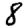
Digit: 8